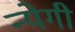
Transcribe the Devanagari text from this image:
न्येगी